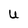
Character: U